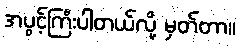
အပွင့်ကြီးပါတယ်လို့ မှတ်တာ။